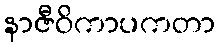
နာဇီဝိကာပကတာ